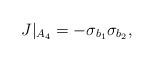
LaTeX: \begin{align*}J|_{A_4} = -\sigma_{b_1} \sigma_{b_2},\end{align*}